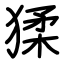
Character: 猱